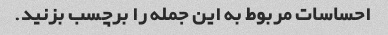
احساسات مربوط به این جمله را برچسب بزنید.